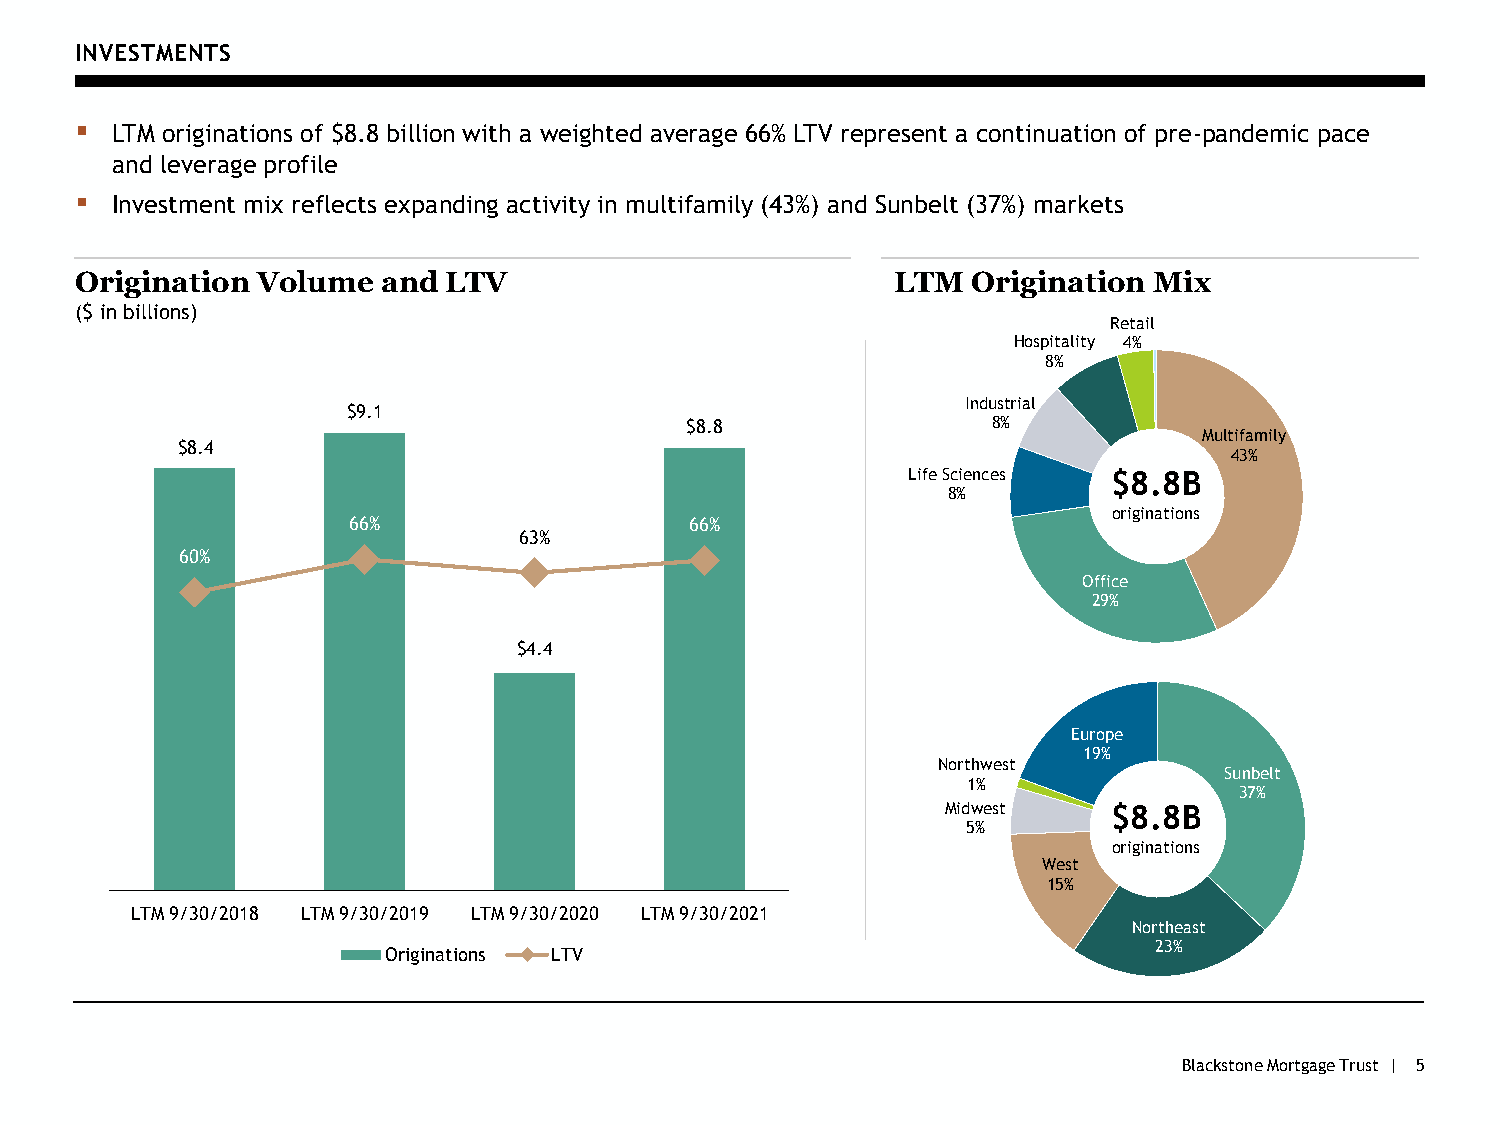
INVESTMENTS
 ▪ LTM originations of $8.8 billion with a weighted average 66% LTV represent a continuation of pre-pandemic pace
 and leverage profile
 ▪ Investment mix reflects expanding activity in multifamily (43%) and Sunbelt (37%) markets
 Origination Volume  and LTV                           LTM  Origination Mix
 ($ in billions)
 Retail
 Hospitality 4%
 8%
 100%                                               $10.0
 Industrial
 $9.1
 $8.8                 8%
 Multifamily
 $8.4
 43%
 Life Sciences $8.8B
 80%                                               $8.0     8%
 originations
 66%                    66%
 63%
 60%
 Office
 60%                                               $6.0
 29%
 $4.4
 40%                                               $4.0
 Europe
 19%
 Northwest
 Sunbelt
 20%                                               $2.0      1%                37%
 Midwest    $8.8B
 5%
 originations
 West
 0%                                               -              15%
 LTM 9/30/2018 LTM 9/30/2019 LTM 9/30/2020 LTM 9/30/2021
 Northeast
 23%
 Originations LTV
 Blackstone Mortgage Trust | 5